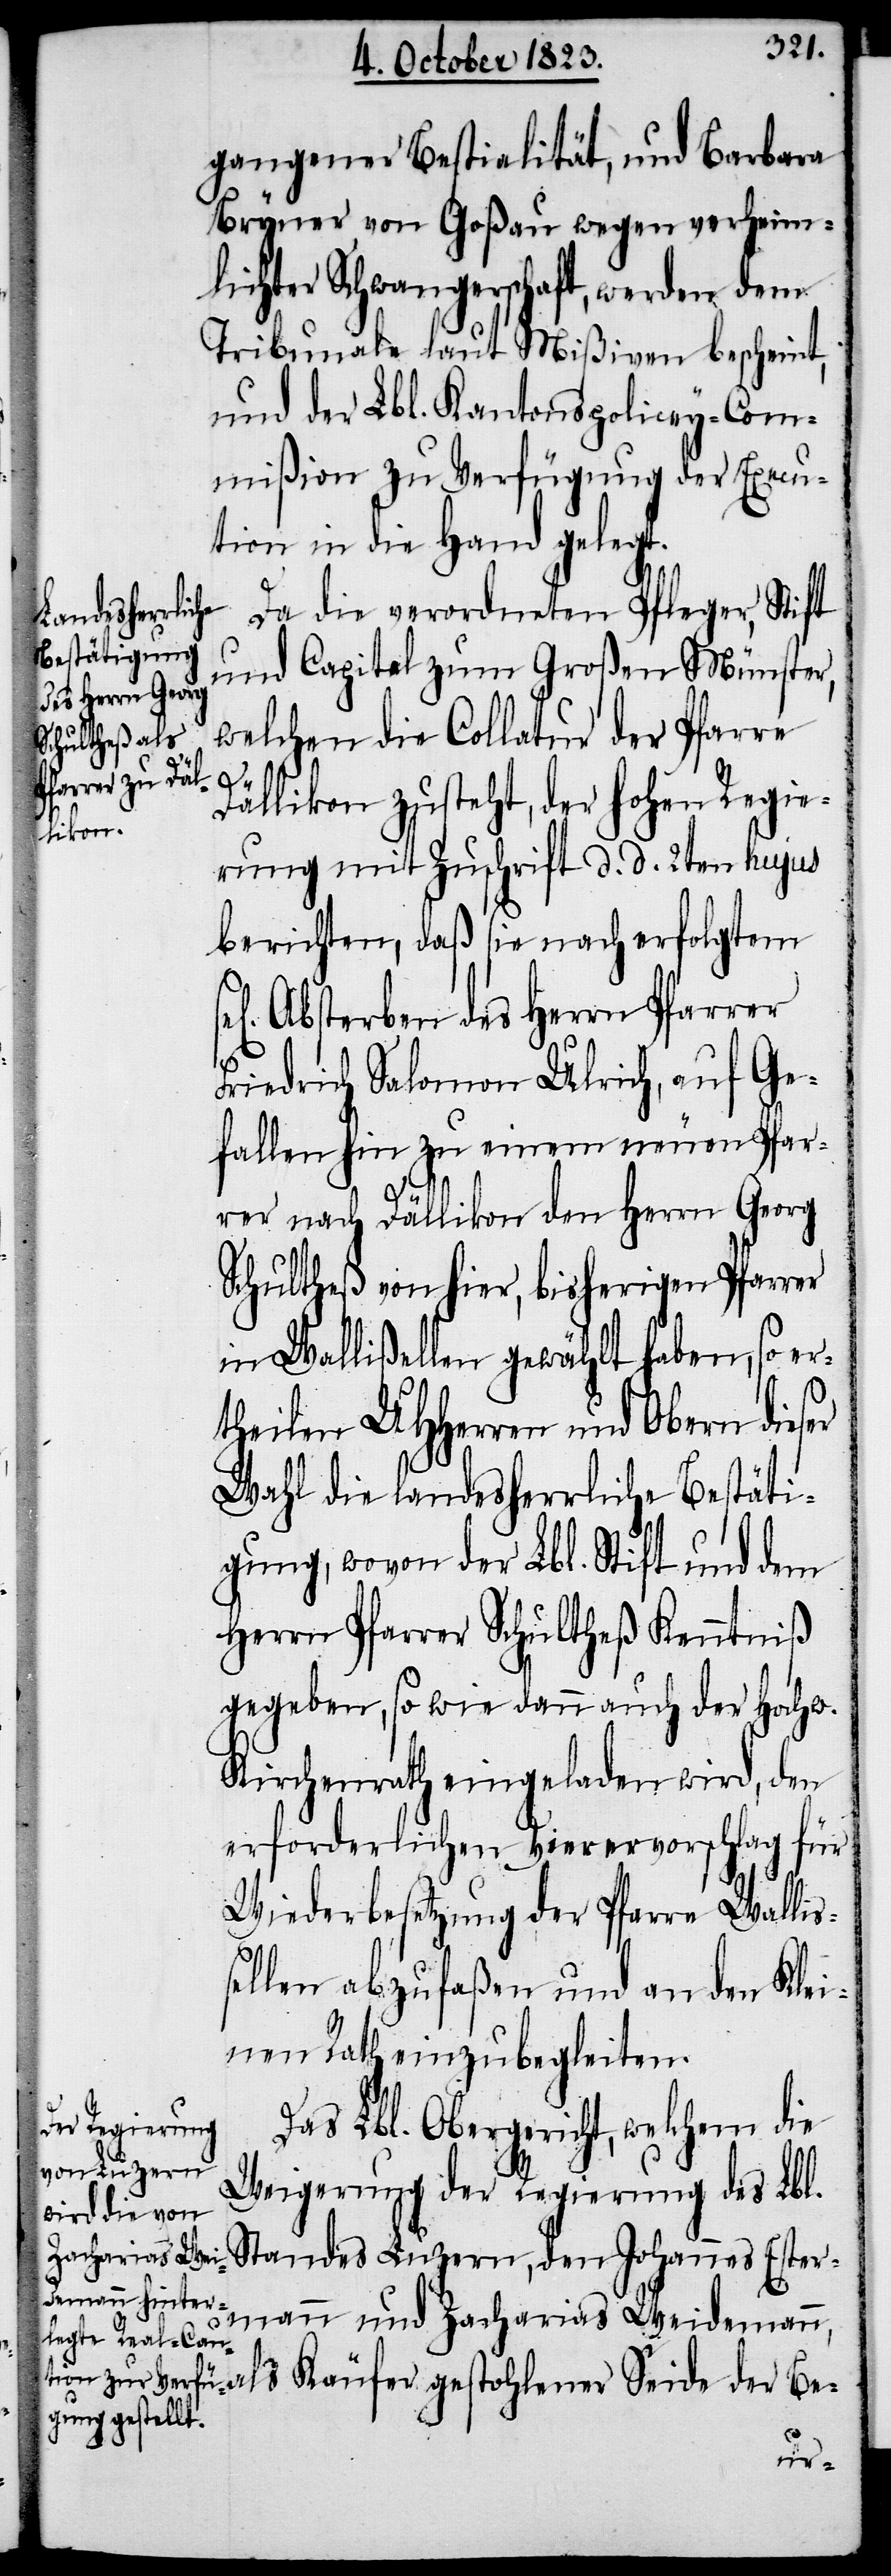
gangener Bestialität, und Barbara
Bryner von Goßau wegen verheim¬
lichter Schwangerschaft, werden dem
Tribunale laut Mißiven bescheint,
und der Lbl. Kantonspolicey-Com¬
mißion zu Verfügung der Execu¬
tion in die Hand gelegt.
Da die verordneten Pfleger, Stift
und Capitel zum Großen Münster,
welchen die Collatur der Pfarre
Dällikon zusteht, der hohen Regie¬
rung mit Zuschrift d. d. 2ten hujus
berichten, daß sie nach erfolgtem
Absterben des Herrn Pfarrer
Friedrich Salomon Ulrich, auf Ge¬
fallen hin zu einem neuen Pfar¬
rer nach Dällikon den Herrn Georg
Schultheß von hier, bisherigen Pfarrer
in Wallißellen gewählt haben, so e¬
rtheilen UHHerren und Obern dieser
Wahl die landesherrliche Bestäti¬
gung, wovon der Lbl. Stift und dem
Herrn Pfarrer Schultheß Kenntniß
gegeben, so wie dann auch der Hochw.
Kirchenrath eingeladen wird, den
erforderlichen Vierervorschlag für
Wiederbesetzung der Pfarre Walliß¬
ellen abzufaßen und an den Klei¬
nen Rath einzubegleiten.
Das Lbl. Obergericht, welchem die
Weigerung der Regierung des Lbl.
Standes Luzern, den Johannes Ester¬
mann und Zacharias Weideman¬
n, als Käufer gestohlener Seide der Be-